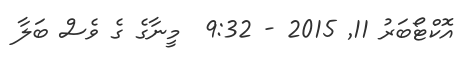
އޮކްޓޯބަރު 11